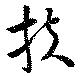
扶